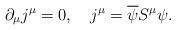
LaTeX: \begin{align*}\partial_\mu j^\mu =0, \quad j^\mu =\overline \psi S^\mu \psi.\end{align*}